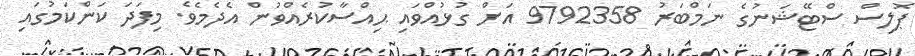
ޕޮލިސް ސްޓޭޝަނުގެ ނަމްބަރު 9792358 އަށް ގުޅުއްވައި ޙިއްސާކުރެއްވުން އެދެމެވެ. މިފަދަ ކަންކަމުގައި